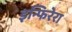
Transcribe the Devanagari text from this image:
इन्फिरेरा